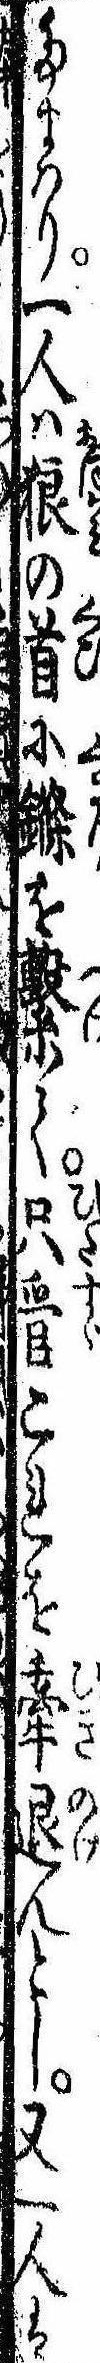
たまはり一人は狼の首にを繋て只管これを牽退んとし又一人は